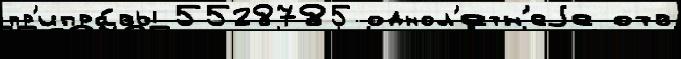
пр'ипра́вы 5528785 однол'етн'еjе отв